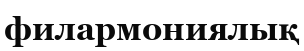
филармониялық